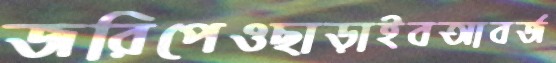
জরিপেওছাড়াইবআবর্জ